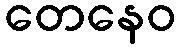
တေနေဝ